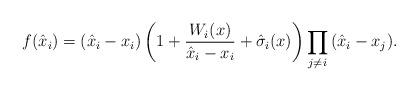
LaTeX: \begin{align*} f(\hat{x}_i) = (\hat{x}_i - x_i) \left( 1 + \frac{W_i(x)}{\hat{x}_i - x_i} + \hat{\sigma}_i(x) \right) \prod_{j \ne i}{(\hat{x}_i - x_j)}.\end{align*}